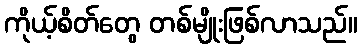
ကိုယ့်စိတ်တွေ တစ်မျိုးဖြစ်လာသည်။